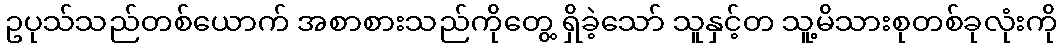
ဥပုသ်သည်တစ်ယောက် အစာစားသည်ကိုတွေ့ ရှိခဲ့သော် သူနှင့်တ သူ့မိသားစုတစ်ခုလုံးကို